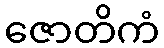
ဇောတိကံ